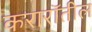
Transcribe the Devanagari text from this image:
करारॉतील